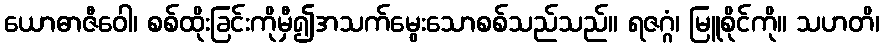
ယောဓာဇီဝေါ၊ စစ်ထိုးခြင်းကိုမှီ၍အသက်မွေးသောစစ်သည်သည်။ ရဇဂ္ဂံ၊ မြူစိုင်ကို။ သဟတိ၊